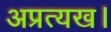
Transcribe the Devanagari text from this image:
अप्रत्यख।